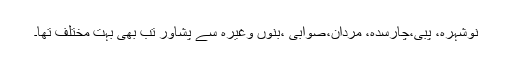
نوشہرہ، پبی،چارسدہ، مردان،صوابی ،بنوں وغیرہ سے پشاور تب بھی بہت مختلف تھا۔